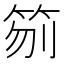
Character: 𥬼